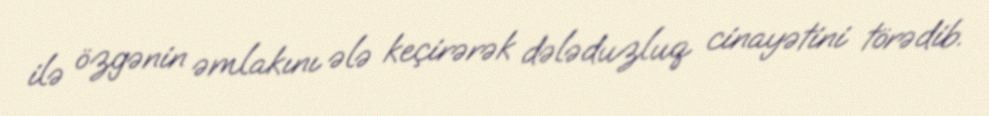
ilə özgənin əmlakını ələ keçirərək dələduzluq cinayətini törədib.